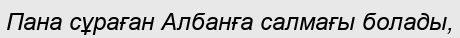
Пана сұраған Албанға салмағы болады,